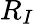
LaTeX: R_{I}